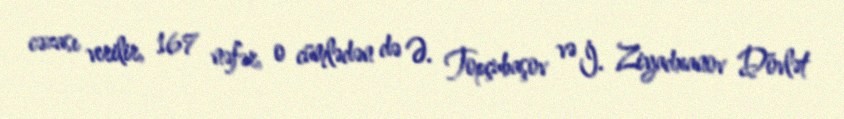
cəzası verilir, 167 nəfər, o cümlədən də Ə. Topçubaşov və İ. Ziyadxanov Dövlət